Lunatic asylums in Bengal annual reports 1912-1924 - 1912-1924
Year: 1912
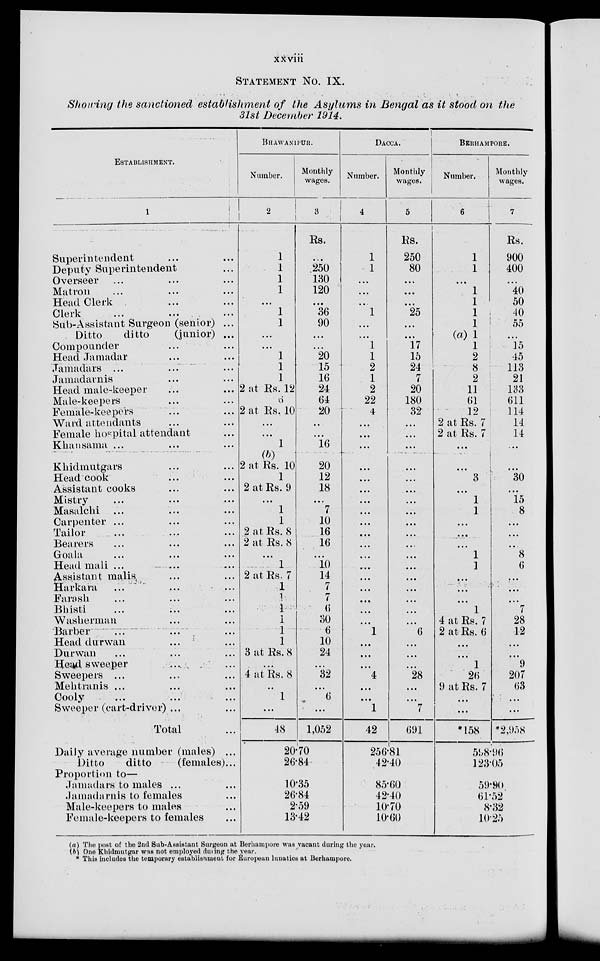
xxviii
STATEMENT NO. IX.
Showing the sanctioned establishment of the Asylums in Bengal as it stood on the
31st December 1914.
ESTABLISHMENT.
1
Superintendent ... ...
Deputy Superintendent ...
Overseer ... ... ...
Matron ... ... ...
Head Clerk ... ...
Clerk ... ... ...
Sub-Assistant Surgeon (senior) ...
Ditto
ditto
(junior) ...
Compounder ... ...
Head Jamadar ... ...
Jamadars ... ... ...
Jamadarnis ... ...
Head male-keeper ... ...
Male-keepers ... ...
Female-keepers ... ...
Ward attendants ... ...
Female hospital attendant ...
Khansama ... ... ...
Khidmutgars ... ...
Head cook ... ...
Assistant cooks ... ...
Mistry ... ... ...
Masalchi ... ... ...
Carpenter ... ... ...
Tailor ... ... ...
Bearers ... ... ...
Goala ... ... ...
Head mali ... ... ...
Assistant malis ... ...
Harkara ... ... ...
Farash ... ... ...
Bhisti ... ... ...
Washerman ... ...
Barber ... ... ...
Head durwan ... ...
Durwan ... ... ...
Head sweeper ... ...
Sweepers ... ... ...
Mehtranis ... ... ...
Cooly ... ... ...
Sweeper (cart-driver) ... ...
Total ...
BHAWANIPUR.
Number.
2
1
1
1
1
...
1
1
...
...
1
1
1
2 at Rs. 12
...
2 at Rs. 10
...
...
1
(b)
2 at Rs. 10
1
2 at Rs. 9
...
1
1
2 at Rs. 8
2 at Rs. 8
...
1
2 at Rs. 7
1
1
1
1
1
1
3 at Rs. 8
...
4 at Rs. 8
...
1
...
48
Monthly
wages.
3
Rs.
...
250
130
120
...
36
90
...
...
20
15
16
24
64
20
...
...
16
20
12
18
...
7
10
16
16
...
10
14
7
7
6
30
6
10
24
...
32
...
6
...
1,052
DACCA.
Number.
4
1
1
...
...
...
1
...
...
1
1
2
1
2
22
4
...
...
...
...
...
...
...
...
...
...
...
...
...
...
...
...
...
...
1
...
...
...
4
...
...
1
42
Monthly
wages.
5
Rs.
250
80
...
...
...
25
...
...
17
15
24
7
20
180
32
...
...
...
...
...
...
...
...
...
...
...
...
...
...
...
...
...
...
6
...
...
...
28
...
...
7
691
BERHAMPORE.
Number.
6
1
1
...
1
1
1
1
(a) 1
1
2
8
2
11
61
12
2 at Rs. 7
2 at Rs. 7
...
...
3
...
1
1
...
...
...
1
1
...
...
...
1
4 at Rs. 7
2 at Rs. 6
...
...
1
26
9 at Rs. 7
...
...
*158
Monthly
wages.
7
Rs.
900
400
...
40
50
40
55
...
15
45
113
21
133
611
114
14
14
...
...
30
...
15
8
...
...
...
8
6
...
...
...
7
28
12
...
...
9
207
63
...
...
*
2,958
Daily average number (males) ...
Ditto
ditto
(females)...
Proportion to—
Jamadars to males ... ...
Jamadarnis to females ...
Male-keepers to males ...
Female-keepers to females ...
20.70
26.84
10.35
26.84
2.59
13.42
256.81
42.40
85.60
42.40
10.70
10.60
598.96
123.05
59.90
61.52
8.32
10.25
(a) The post of the 2nd Sub-Assistant Surgeon at Berhampore was vacant during the your.
(b) One Khidmutgar was not employed during the year.
* This includes the temporary establishment for European lunatics at Berhampore.